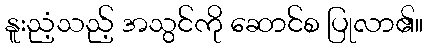
နူးညံ့သည့် အသွင်ကို ဆောင်စ ပြုလာ၏။